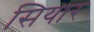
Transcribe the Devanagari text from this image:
सियार